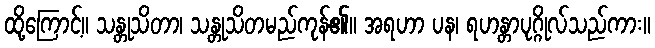
ထို့ကြောင့်။ သန္တုသိတာ၊ သန္တုသိတမည်ကုန်၏။ အရဟာ ပန၊ ရဟန္တာပုဂ္ဂိုလ်သည်ကား။